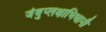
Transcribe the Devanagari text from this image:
जंबुप्लक्षाभिधानौ